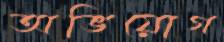
অভিয়োগ